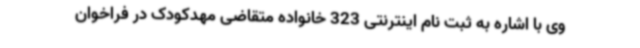
وی با اشاره به ثبت نام اینترنتی 323 خانواده متقاضی مهدکودک در فراخوان